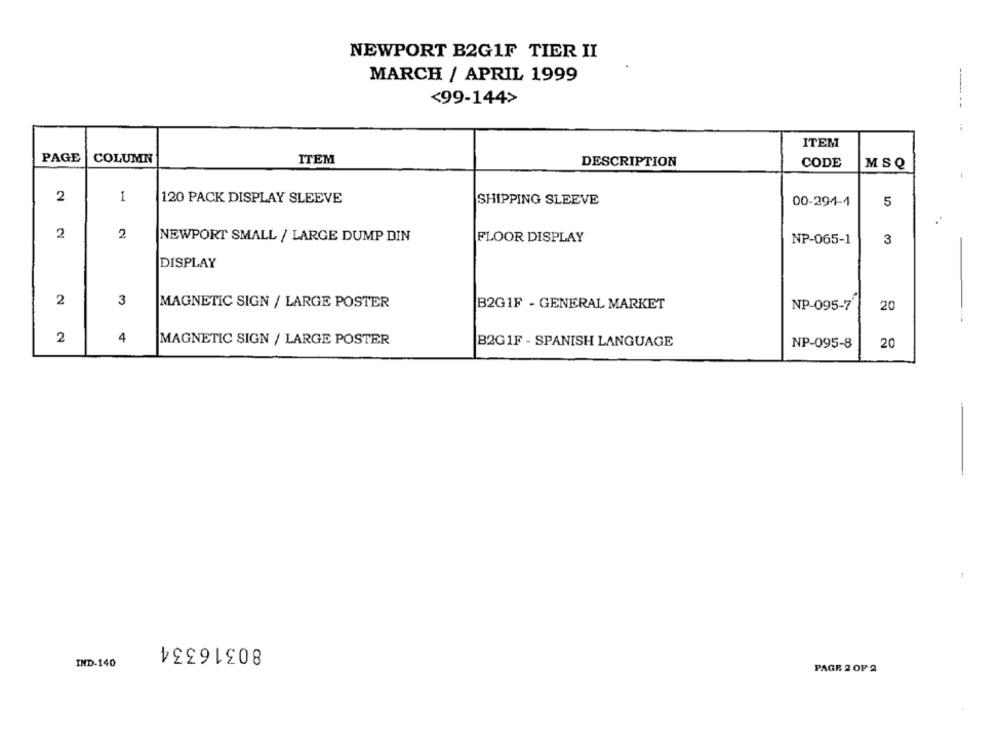
NEWPORT B2G1F TIER II
MARCH / APRIL 1999
<99-144>
ITEM
PAGE
COLUMN
ITEM
DESCRIPTION
CODE
MSQ
2
1
120 PACK DISPLAY SLEEVE
SHIPPING SLEEVE
00-294-1
5
2
2
FLOOR DISPLAY
NEWPORT SMALL / LARGE DUMP BIN
NP-065-1
3
DISPLAY
2
3
MAGNETIC SIGN / LARGE POSTER
B2G1F - GENERAL MARKET
NP-095-7'
20
2
4
MAGNETIC SIGN / LARGE POSTER
B2G1F - SPANISH LANGUAGE
NP-095-8
20
80316334
IND-140
PAGE 2 OF 2